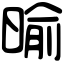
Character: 𣈥